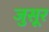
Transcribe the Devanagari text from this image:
जुसूर